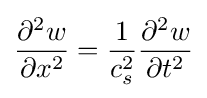
{\partial ^{2}w \over \partial x^{2}}={1 \over c_{s}^{2}}{\partial ^{2}w \over \partial t^{2}}